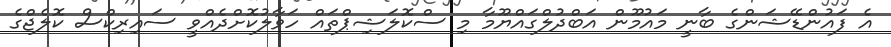
އެ ފައުންޑޭޝަންގެ ބާނީ މައުމޫން އަބްދުލްގައްޔޫމާ މި ސްކޮލަޝިޕްތައް ހަވާލުކޮށްދެއްވީ ސައިރިކްސް ކޮލެޖްގެ